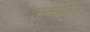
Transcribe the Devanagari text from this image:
अन्दर्वुद